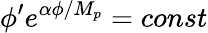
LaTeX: \phi^{\prime}e^{\alpha\phi/M_{p}}=const